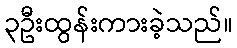
၃ဦးထွန်းကားခဲ့သည်။